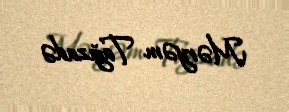
Məryəm Tağızadə